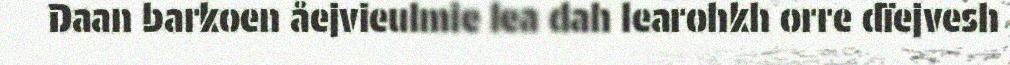
Daan barkoen åejvieulmie lea dah learohkh orre dïejvesh